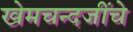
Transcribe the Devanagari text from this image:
खेमचन्दजींचे